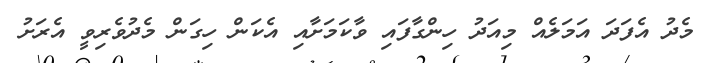
މެދު އެފަދަ އަމަލެއް މިއަދު ހިންގާފައި ވާކަމަށާއި އެކަން ހިގަން މެދުވެރިވީ އެރަށު